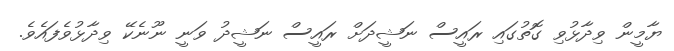
ޔާމީން ވިދާޅުވި ގޮތުގައި ރައީސް ނަޝީދަށް ރައީސް ނަޝީދު ވަނީ ނޫނެކޭ ވިދާޅުވެފައެވެ.